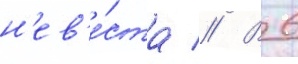
н'ев'е́ста // В 6